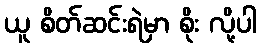
ယူ စိတ်ဆင်းရဲမှာ စိုး လို့ပါ